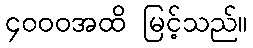
၄၀၀၀အထိ မြင့်သည်။